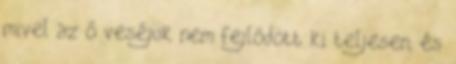
mivel az ő veséjük nem fejlődött ki teljesen, és